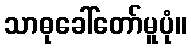
သာဓုခေါ်တော်မူပုံ။